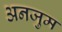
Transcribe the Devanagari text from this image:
अनजुम